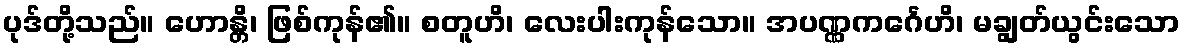
ပုဒ်တို့သည်။ ဟောန္တိ၊ ဖြစ်ကုန်၏။ စတူဟိ၊ လေးပါးကုန်သော။ အပဏ္ဏကင်္ဂေဟိ၊ မချွတ်ယွင်းသော